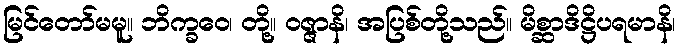
မြင်တော်မမူ။ ဘိက္ခဝေ၊ တို့။ ဝဇ္ဇာနိ၊ အပြစ်တို့သည်။ မိစ္ဆာဒိဋ္ဌိပရမာနိ၊